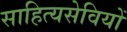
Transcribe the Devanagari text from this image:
साहित्यसेवियों